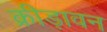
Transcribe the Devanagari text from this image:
क्रीड़ावन